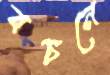
বচনে